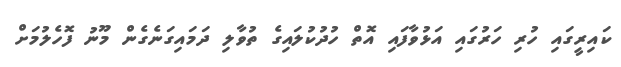
ކައިރީގައި ހުރި ހަރުގައި އަޅުވާފައި އޮތް ހުދުކުލައިގެ ތުވާލި ދަމައިގަނެގެން މޫނު ފޮހެލުމަށް